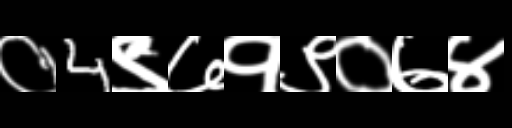
Text: ०4९७१९०७४